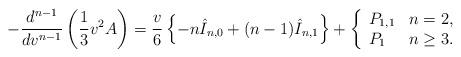
LaTeX: \begin{align*} -\frac{d^{n-1}}{dv^{n-1}}\left(\frac{1}{3}v^2A\right)=\frac{v}{6}\left\{-n\hat{I}_{n,0}+(n-1)\hat{I}_{n,1}\right\}+\left\{ \begin{array}{ll} P_{1,1} & n=2,\\ P_1 & n\geq 3. \end{array}\right.\end{align*}